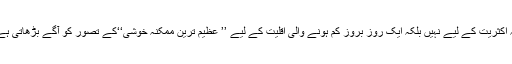
یہ اکثریت کے لیے نہیں بلکہ ایک روز بروز کم ہونے والی اقلیت کے لیے ’’ عظیم ترین ممکنہ خوشی‘‘کے تصور کو آگے بڑھاتی ہے۔